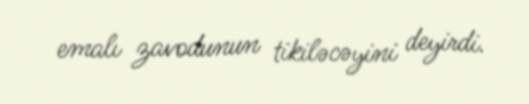
emalı zavodunun tikiləcəyini deyirdi.